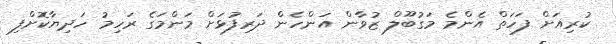
ކުރިއަށް ފަހަތް އެންމެ މަގުބޫލް ޒުވާން އަންހެން ދަރިފުޅަށް މަންމަގެ ރަހިމު ހަދިޔާކޮށްފި